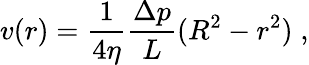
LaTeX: v(r)=\frac{1}{4\eta}\frac{\Delta p}{L}(R^{2}-r^{2})\; ,